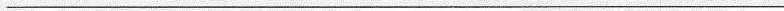
___